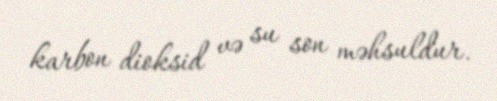
karbon dioksid və su son məhsuldur.